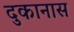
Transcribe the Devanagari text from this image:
दुकानास